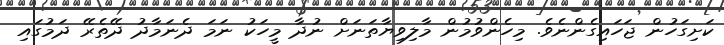
ކަށިގަހުން ޖަހައިގެންނެވެ. މިހެންވުމުން މާލިވިޔާތަނަށް ނުދާ މީހަކު ނަމަ ދެނަމާދު ދޭތެރޭ ދަމުގައި